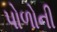
પોળોની